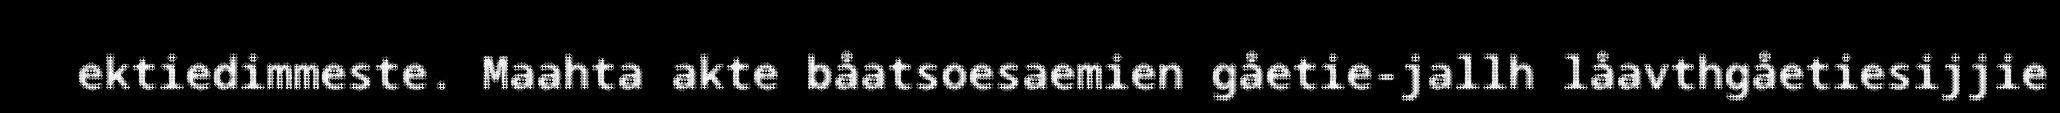
ektiedimmeste. Maahta akte båatsoesaemien gåetie-jallh låavthgåetiesijjie